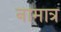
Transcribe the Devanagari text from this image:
नामात्र